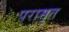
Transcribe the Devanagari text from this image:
परामृत